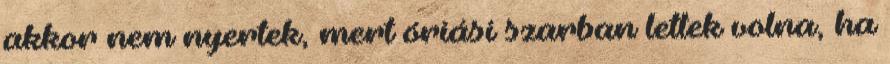
akkor nem nyertek, mert óriási szarban lettek volna, ha